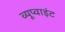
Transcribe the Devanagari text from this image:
व्यूप्वाइंट